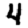
Digit: 4